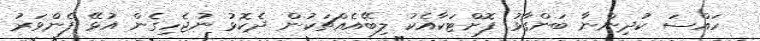
ހައްސަ ކުދިންނާ ބަންގާޅު ފޮށްޓަކާއެކު ލިބޭއެއްޗަކުން ދެކޮޅު ނުޖެހިގެން އުޅޭ ފެންވަރު